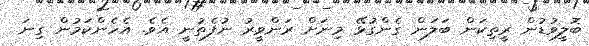
ބޮލީވުޑުން ރީތިކަން ބަލަން ގެންގުޅޭ މިނަށް ރަންވީރު ނުފެތުނީ އެވެ. އެހެންކަމުން ގިނަ